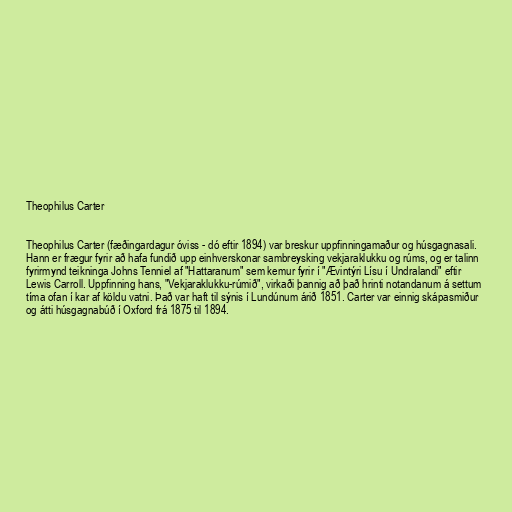
Theophilus Carter

Theophilus Carter (fæðingardagur óviss - dó eftir 1894) var breskur uppfinningamaður og húsgagnasali.
Hann er frægur fyrir að hafa fundið upp einhverskonar sambreysking vekjaraklukku og rúms, og er talinn
fyrirmynd teikninga Johns Tenniel af "Hattaranum" sem kemur fyrir í "Ævintýri Lísu í Undralandi" eftir
Lewis Carroll. Uppfinning hans, "Vekjaraklukku-rúmið", virkaði þannig að það hrinti notandanum á settum
tíma ofan í kar af köldu vatni. Það var haft til sýnis í Lundúnum árið 1851. Carter var einnig skápasmiður
og átti húsgagnabúð í Oxford frá 1875 til 1894.